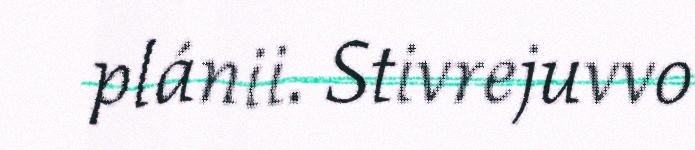
plánii. Stivrejuvvo